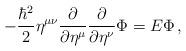
LaTeX: \begin{align*}-\frac{\hbar^{2}}{2}\eta^{\mu\nu}\frac{\partial }{\partial \eta^{\mu}}\frac{\partial }{\partial \eta^{\nu}}\Phi=E\Phi\,,\end{align*}